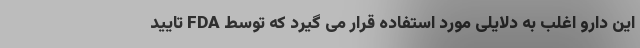
این دارو اغلب به دلایلی مورد استفاده قرار می گیرد که توسط FDA تایید